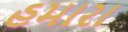
હમારા